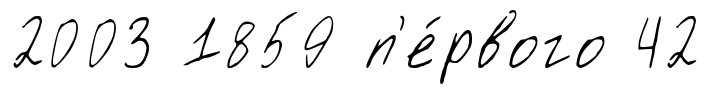
2003 1859 п'е́рвого 42